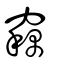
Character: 竊